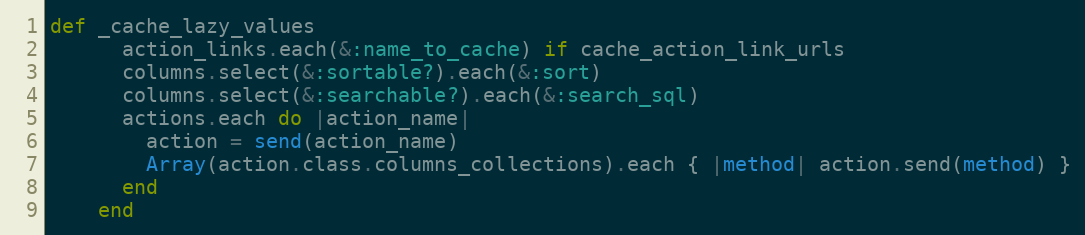
Language: Ruby
def _cache_lazy_values
      action_links.each(&:name_to_cache) if cache_action_link_urls
      columns.select(&:sortable?).each(&:sort)
      columns.select(&:searchable?).each(&:search_sql)
      actions.each do |action_name|
        action = send(action_name)
        Array(action.class.columns_collections).each { |method| action.send(method) }
      end
    end